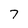
Character: 7